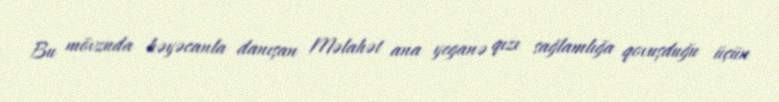
Bu mövzuda həyəcanla danışan Məlahət ana yeganə qızı sağlamlığa qovuşduğu üçün